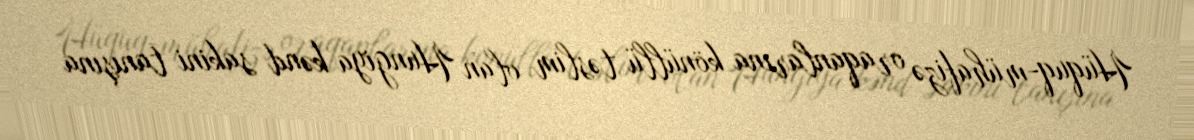
Hüquq-mühafizə oraqanlarına könüllü təslim olan Hungiya kənd sakini tanışına